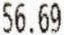
56.69